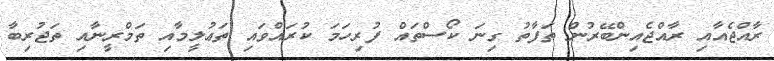
ރާއްޖެއާއި ރާއްޖެއިންބޭރުން ތަފާތު ގިނަ ކޯސްތައް ފުރިހަމަ ކުރައްވައި ތަޢުލީމާއި ތަމްރީނާއި ތަޖުރިބާ